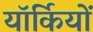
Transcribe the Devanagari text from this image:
यॉर्कियों